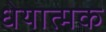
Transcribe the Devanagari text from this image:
धेयात्मक